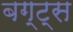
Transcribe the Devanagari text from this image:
बग्ट्स